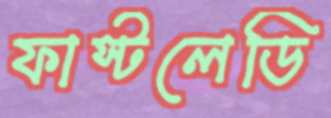
ফাস্টলেডি